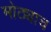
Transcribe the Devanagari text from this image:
मोठ्याच